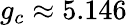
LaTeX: g_{c}\approx 5.146